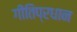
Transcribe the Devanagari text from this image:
गीतिप्रधान